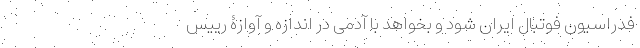
فدراسیون فوتبال ایران شود و بخواهد با آدمی در اندازه و آوازۀ رییس